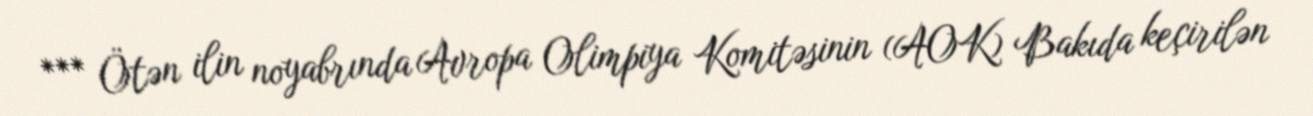
*** Ötən ilin noyabrında Avropa Olimpiya Komitəsinin (AOK) Bakıda keçirilən